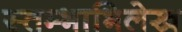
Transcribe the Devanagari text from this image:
स्तम्भाभिलेख